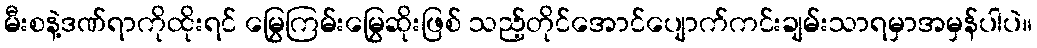
မီးစနဲ့ဒဏ်ရာကိုထိုးရင် မြွေကြမ်းမြွေဆိုးဖြစ် သည့်တိုင်အောင်ပျောက်ကင်းချမ်းသာရမှာအမှန်ပါပဲ။